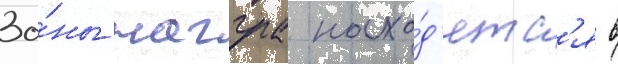
Зо́ны нагула нахо́д'ятс'я в